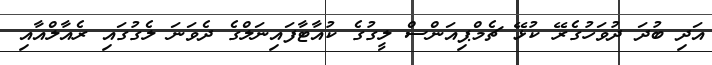
އަދި ބުދަ ދުވަހުގެރޭ ކުޅޭ ޗެމްޕިއަންސް ލީގުގެ ކުއާޓާފައިނަލްގެ ދެވަނަ ލެގުގައި ރެއާލްއާއި